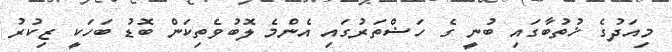
މިއަދުގެ ޚުތުބާގައި ބުނީ ގެ ހަޟްތަރުގައި އެންމެ ލޮބުވެތިކަން ބޮޑު ބަހަކީ ޒިކުރު